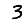
Digit: 3